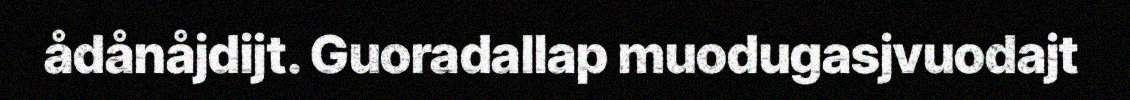
ådånåjdijt. Guoradallap muodugasjvuodajt